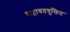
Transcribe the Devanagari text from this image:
सहायतयुक्तित